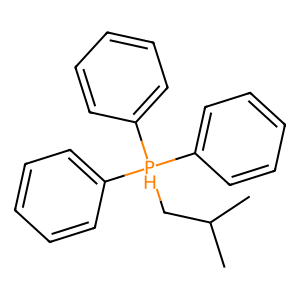
SMILES: CC(C)C[PH](c1ccccc1)(c1ccccc1)c1ccccc1
Inhibits HIV replication: No